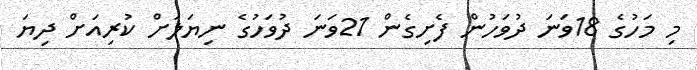
މި މަހުގެ 18ވަނަ ދުވަހުން ފެށިގެން 21ވަނަ ދުވަހުގެ ނިޔަލަށް ކުރިއަށް ދިޔަ